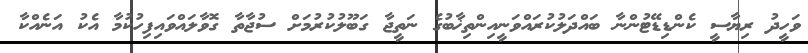
ވަހީދު ރިޔާސީ ކެންޑިޑޭޓުންނާ ބައްދަލުކުރައްވަނީއިންތިޚާބުގެ ނަތީޖާ ގަބޫލުކުރުމަށް ސުޖާތާ ގޮވާލައްވައިފިހުކުމާ އެކު އަނެއްކާ